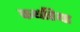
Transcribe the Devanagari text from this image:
कथरिया